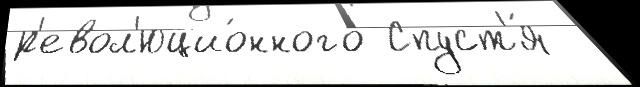
р'евол'юцио́нного Спуст'я́